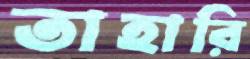
তাহারি